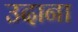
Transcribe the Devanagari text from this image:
उदाना